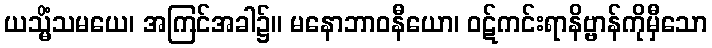
ယသ္မိံသမယေ၊ အကြင်အခါ၌။ မနောဘာဝနီယော၊ ဝဋ်ကင်းရာနိဗ္ဗာန်ကိုမှီသော